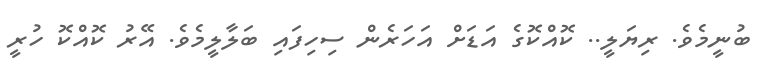
ބުނީމެވެ. ރިޔަލީ.. ކޮއްކޮގެ އަޑަށް އަހަރެން ސިހިފައި ބަލާލީމެވެ. އޭރު ކޮއްކޮ ހުރީ